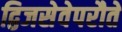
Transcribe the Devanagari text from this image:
द्विजसेवेपरौतें